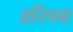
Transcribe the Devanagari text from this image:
हरिनवा